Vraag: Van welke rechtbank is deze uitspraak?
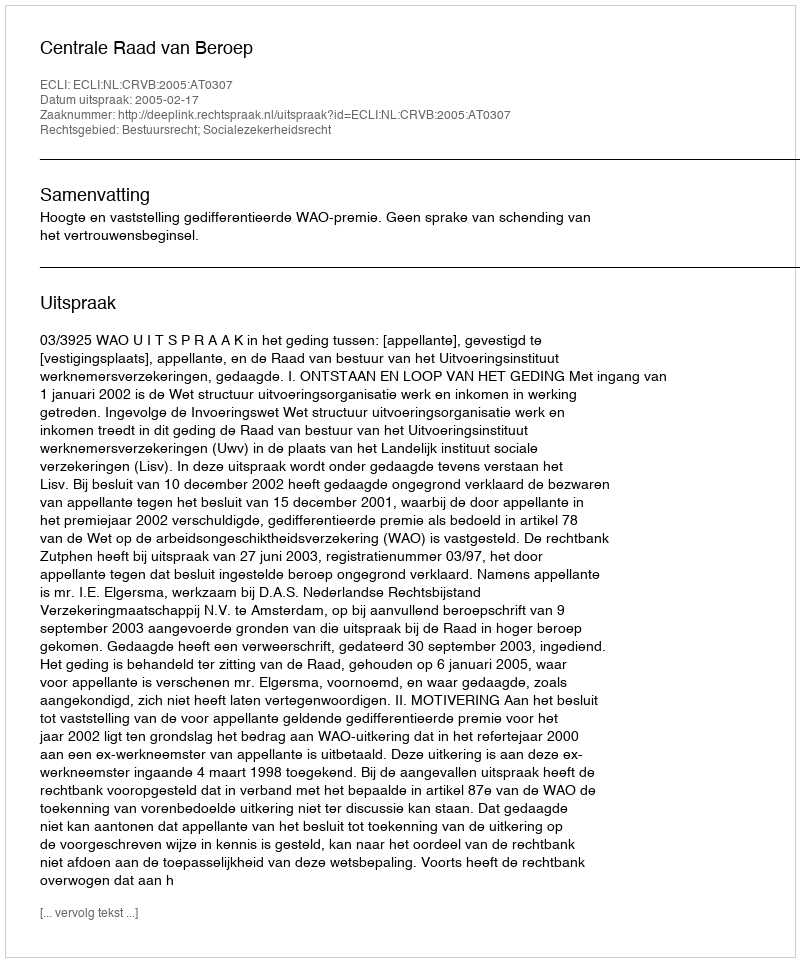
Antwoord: Centrale Raad van Beroep